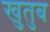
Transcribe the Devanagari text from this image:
खुतुब